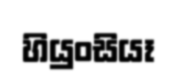
හියුංසියෑ